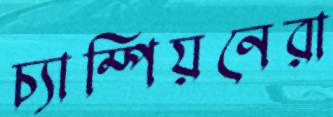
চ্যাম্পিয়নেরা